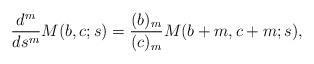
LaTeX: \begin{align*} \frac{d^m}{ds^m}M (b,c;s) = \frac{(b)_m}{(c)_m} M(b+m,c+m;s),\end{align*}